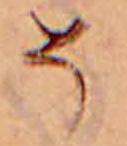
そ